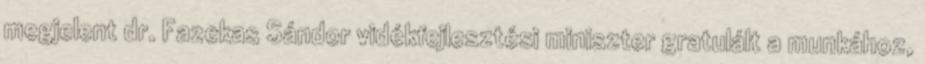
megjelent dr. Fazekas Sándor vidékfejlesztési miniszter gratulált a munkához,